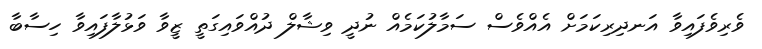
ވެރިވެފައިވާ އަނދިރިކަމަށް އެއްވެސް ސަމާލުކަމެއް ނުދީ ވިޝާލް ދުއްވައިގަތީ ޒީވާ ވަޅުލާފައިވާ ހިސާބާ